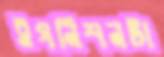
ইগনিশনটা